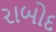
રાબોદ